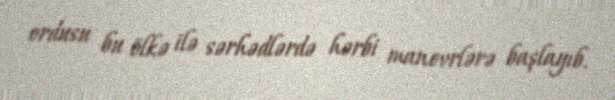
ordusu bu ölkə ilə sərhədlərdə hərbi manevrlərə başlayıb.